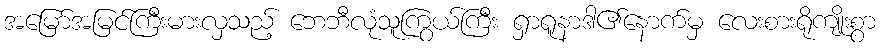
အမြော်အမြင်ကြီးမားလှသည့် ဘေဘီလုံသူကြွယ်ကြီး ရှာရူနာဒါ၏နောက်မှ လေးစားရိုကျိုးစွာ